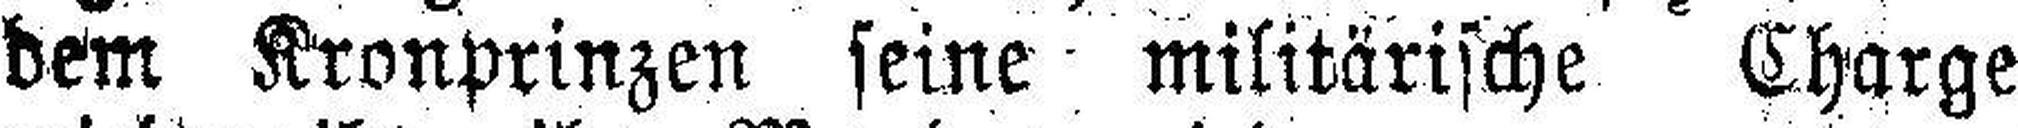
dem Kronprinzen seine militärische Charge